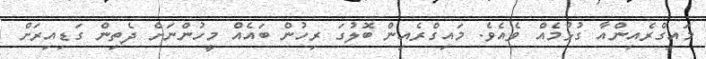
މައިގްރެއިންއާ ގުޅުމެއް ވެއެވެ. މައިގްރެއިން ބޮލުގަ ރިހުން ބައެއް މީހުންނަށް ދެތިން ގަޑިއިރަށް